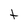
Character: t